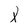
Character: X